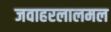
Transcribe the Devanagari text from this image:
जवाहरलालमल